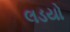
લડયો